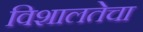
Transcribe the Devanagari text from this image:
विशालतेचा